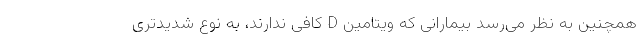
همچنین به نظر می‌رسد بیمارانی که ویتامین D کافی ندارند، به نوع شدیدتری